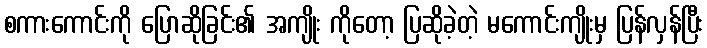
စကားကောင်းကို ပြောဆိုခြင်း၏ အကျိုး ကိုတော့ ပြဆိုခဲ့တဲ့ မကောင်းကျိုးမှ ပြန်လှန်ပြီး